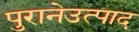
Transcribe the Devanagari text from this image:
पुरानेउत्पाद